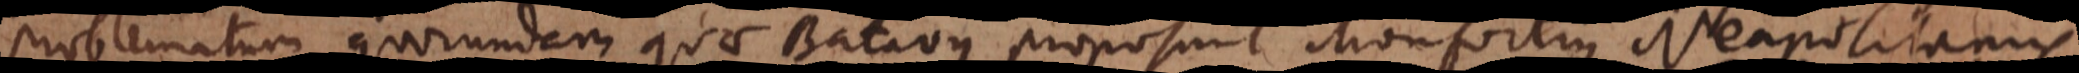
problematum quorundam quae Batavus proposuit, Monfortius Neapolitanus